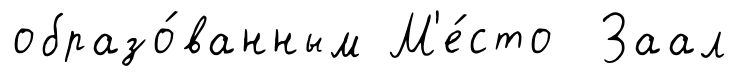
образо́ванным М'е́сто Заал